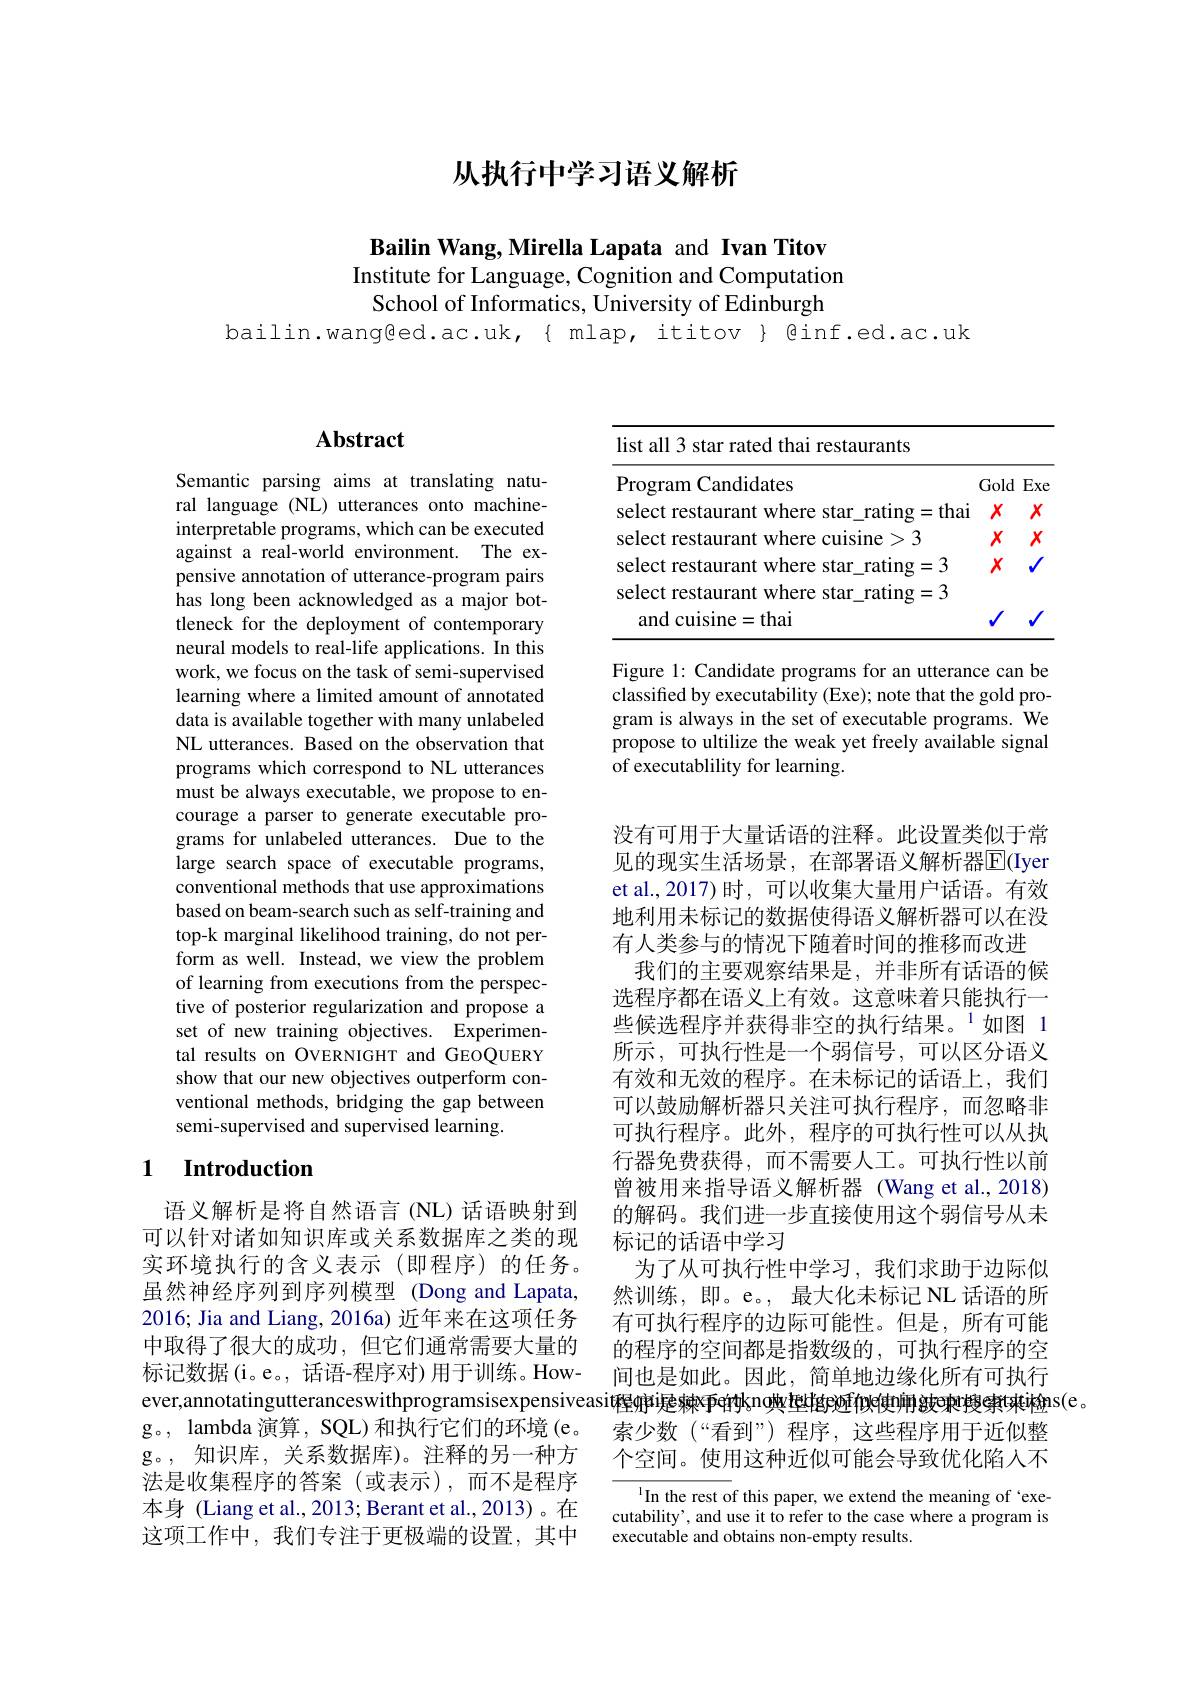
从执行中学习语义解析

Bailin Wang, Mirella Lapata and Ivan Titov Institute for Language, Cognition and Computation
School of Informatics, University of Edinburgh
bailin.wanged.ac.uk,{ mlap, ititov{ @inf.ed.ac.uk

## $\mathbf{Abstract}$

Semantic parsing aims at translating natural language (NL) utterances onto machineinterpretable programs, which can be executed against a real-world environment. The expensive annotation of utterance-program pairs has long been acknowledged as a major bottleneck for the deployment of contemporary neural models to real-life applications. In this work, we focus on the task of semi-supervised learning where a limited amount of annotated data is available together with many unlabeled NL utterances. Based on the observation that programs which correspond to NL utterances must be always executable, we propose to encourage a parser to generate executable programs for unlabeled utterances. Due to the large search space of executable programs, conventional methods that use approximations based on beam-search such as self-training and top-k marginal likelihood training, do not perform as well. Instead, we view the problem of learning from executions from the perspective of posterior regularization and propose a set of new training objectives. Experimental results on OVERNIGHT and GEOQUERY show that our new objectives outperform conventional methods, bridging the gap between semi-supervised and supervised learning.

## 1 $\textbf{Introduction}$

语义解析是将自然语言(NL)话语映射到可以针对诸如知识库或关系数据库之类的现实环境执行的含义表示(即程序)的任务。虽然神经序列到序列模型 (Dong and Lapata, 2016; Jia and Liang, 2016a) 近年来在这项任务中取得了很大的成功，但它们通常需要大量的标记数据(i。e。, 话语-程序对)用于训练。Howg。, lambda 演算，SQL)和执行它们的环境(e。g。,知识库，关系数据库)。注释的另一种方法是收集程序的答案(或表示),而不是程序本身 (Liang et al., 2013; Berant et al., 2013)。在这项工作中，我们专注于更极端的设置，其中

<table>
	<tbody>
		<tr>
			<td> </td>
		</tr>
		<tr>
			<td>Gold Exe</td>
		</tr>
		<tr>
			<td>$X$ $X$</td>
		</tr>
		<tr>
			<td>$X$</td>
		</tr>
	</tbody>
</table>

Figure 1: Candidate programs for an utterance can be classified by executability (Exe); note that the gold program is always in the set of executable programs. We propose to ultilize the weak yet freely available signal of executablility for learning.

没有可用于大量话语的注释。此设置类似于常见的现实生活场景，在部署语义解析器$\overline{\mathrm{E}}($Iyer et al.,2017) 时，可以收集大量用户话语。有效地利用未标记的数据使得语义解析器可以在没有人类参与的情况下随着时间的推移而改进
我们的主要观察结果是，并非所有话语的候选程序都在语义上有效。这意味着只能执行一些候选程序并获得非空的执行结果。$^{1}$如图 1所示，可执行性是一个弱信号，可以区分语义有效和无效的程序。在未标记的话语上，我们可以鼓励解析器只关注可执行程序，而忽略非可执行程序。此外，程序的可执行性可以从执行器免费获得，而不需要人工。可执行性以前曾被用来指导语义解析器 (Wang et al.,2018) 的解码。我们进一步直接使用这个弱信号从未标记的话语中学习
为了从可执行性中学习，我们求助于边际似然训练，即。e。, 最大化未标记 NL 话语的所有可执行程序的边际可能性。但是，所有可能的程序的空间都是指数级的，可执行程序的空间也是如此。因此，简单地边缘化所有可执行
ever,annotatingutteranceswithprogramsisexpensiveasir程$\varphi$џ遟棘spetyknowtaltagdyedendedendedendentarderentins(e。
索少数(“看到”) 程序，这些程序用于近似整个空间。使用这种近似可能会导致优化陷入不

In the rest of this paper, we extend the meaning of `executability', and use it to refer to the case where a program is executable and obtains non-empty results.